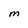
Character: M